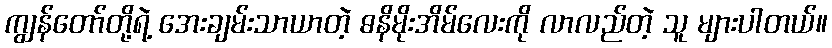
ကျွန်တော်တို့ရဲ့ အေးချမ်းသာယာတဲ့ ဓနိမိုးအိမ်လေးကို လာလည်တဲ့ သူ များပါတယ်။